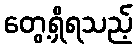
တွေ့ရှိရသည့်